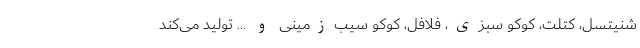
شنیتسل، کتلت، کوکو سبزی، فلافل، کوکو سیب‌زمینی و ... تولید می‌کند